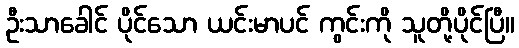
ဦးသာခေါင် ပိုင်သော ယင်းမာပင် ကွင်းကို သူတို့ပိုင်ပြီ။